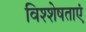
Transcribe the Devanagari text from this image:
विश्शेषताएं